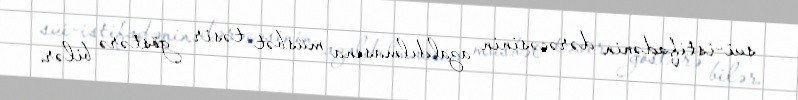
sui-istifadənin dərəcəsinin azaldılmasına müsbət təsir göstərə bilər.